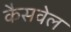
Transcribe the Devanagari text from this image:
कैसवेल